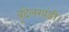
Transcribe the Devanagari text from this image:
बुंदेलखंडी।